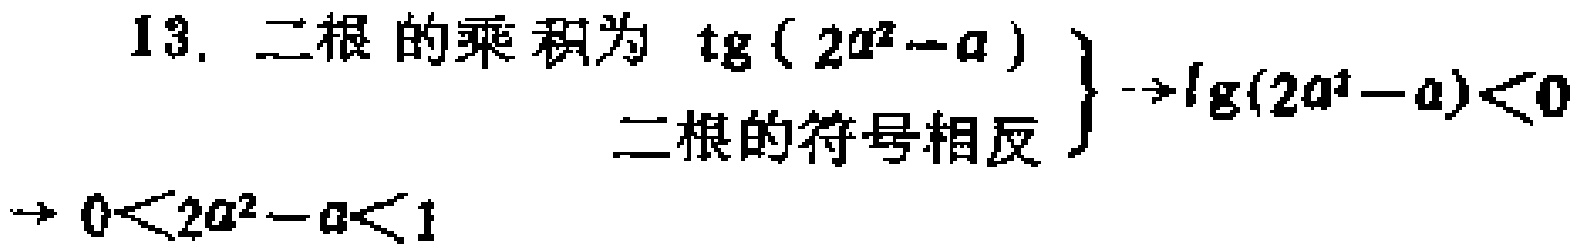
\[
\begin{align*}
\left.\begin{array}{l}
\text{二根的乘积为 }\tg(2a^{2}-a)\\
\text{二根的符号相反}
\end{array}\right\} &\to\lg(2a^{2}-a)<0\\
&\to 0<2a^{2}-a<1
\end{align*}
\]